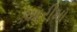
આરીમા